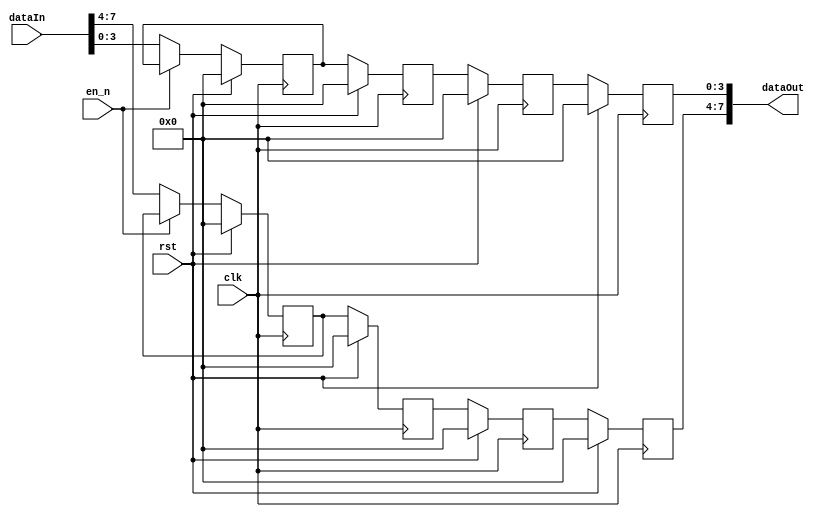
module delay_r0 #(
	parameter BIT_WIDTH = 4,
	parameter DEPTH = 2,
	parameter DELAY = 4
)(
	input clk,
	input rst,
	input en_n,
	input [BIT_WIDTH*DEPTH - 1:0] dataIn,
	output [BIT_WIDTH*DEPTH - 1:0] dataOut
);
	/**********
	 *  Array Packing Defines 
	 **********/
//These are preprocessor defines similar to C/C++ preprocessor or VHDL functions
	`define PACK_ARRAY(PK_WIDTH,PK_DEPTH,PK_SRC,PK_DEST, BLOCK_ID, GEN_VAR)    genvar GEN_VAR; generate for (GEN_VAR=0; GEN_VAR<(PK_DEPTH); GEN_VAR=GEN_VAR+1) begin: BLOCK_ID assign PK_DEST[((PK_WIDTH)*GEN_VAR+((PK_WIDTH)-1)):((PK_WIDTH)*GEN_VAR)] = PK_SRC[GEN_VAR][((PK_WIDTH)-1):0]; end endgenerate
	`define UNPACK_ARRAY(PK_WIDTH,PK_DEPTH,PK_DEST,PK_SRC, BLOCK_ID, GEN_VAR)  genvar GEN_VAR; generate for (GEN_VAR=0; GEN_VAR<(PK_DEPTH); GEN_VAR=GEN_VAR+1) begin: BLOCK_ID assign PK_DEST[GEN_VAR][((PK_WIDTH)-1):0] = PK_SRC[((PK_WIDTH)*GEN_VAR+(PK_WIDTH-1)):((PK_WIDTH)*GEN_VAR)]; end endgenerate

	/**********
	 * Internal Signals
	 **********/
//These iterators are purely use for for-loops which get unrolled in synthesis
//So we can use integers here since these do not become hardware
	integer i,j; //iterators
	
//Wire data type is used for nonregistered signals
//assign with "assign wire_signal_name = value_for_wire_signal;"
	wire [BIT_WIDTH - 1:0] tmp [DEPTH - 1:0]; //input as array
	wire [BIT_WIDTH*DEPTH - 1:0] tmpOut; //wire for output, more of this at end
	
//NOTE: in VHDL, there are for generate and if generate statements
//this is done in verilog with "generate"
//packing and unpacking array defines are examples of for-generate
//in the "generate" blocks, in addition to instantiations, one can do assignments 
//to wire (becuase nonsynchronous), which is done in the packing and unpacking defines	
	
//Register data type is used for synchronous logic
//assign with "<="
	reg [BIT_WIDTH - 1:0] pipe [DELAY-1:0][DEPTH - 1:0]; //data pipeline

	/**********
	 * Glue Logic 
	 **********/
//very often there needs to be some logic/decoding to inputs to a module 
//here we just unpacking the input vector into an array 
	`UNPACK_ARRAY(BIT_WIDTH,DEPTH,tmp,dataIn, U_BLK_0, idx_0)
	
	/**********
	 * Synchronous Logic
	 **********/
//NOTE in C/C++ "{" and "}" are used to show hierarchy, in verilog use "begin" and "end"
	 
//similar to vhdl process statements, verilog has always blocks 
//"posedge clk" is the sensitivity list
//since the reset is not in the sensitivity list, the reset is synchronous
	always @(posedge clk) begin
		
		// Synchronous Reset
//"1'b0" translates to "one bit with value binary 0"  
		if(rst == 1'b1)	begin
			//reset all the stages of the pipeline to zero
			for(j=0; j<DELAY; j=j+1) begin //For all delay layers
				for(i=0; i<DEPTH; i=i+1) begin //For all depth of input array
					pipe[j][i] <= {(BIT_WIDTH){1'b0}};
				end
			end
		end

		else begin
//all for-loops are unrolled, so should never have sequential dependences				
//since all loops are unrolled and no sequential dependences, 
//all assignments occure at the same time (i.e. clock edge)

			// Pipeline delay
			if(en_n == 1'b0) begin			
				for(i=0;i<DEPTH; i=i+1) begin //For all depth of input array
					pipe[0][i] <= tmp[i]; 
				end
			end

//only got to DELAY - 1 since the last stage of pipe is overwritten and zeroth stage assigned above
			for(i=0; i<DELAY-1; i=i+1) begin 
				for(j=0;j<DEPTH; j=j+1) begin //For all depth of input array
					pipe[i+1][j] <= pipe[i][j]; //Pipe shifts makes delay
				end
			end
		end
	end
				
	/**********
	 * Glue Logic 
	 **********/
	/**********
	 * Components
	 **********/
	/**********
	 * Output Combinatorial Logic
	 **********/
//currently pipe is a 2D array of logic vectors, so we need to make the last delay stage into a vector
	`PACK_ARRAY(BIT_WIDTH,DEPTH,pipe[(DELAY-1)],tmpOut,U_BLK_1,idx_1)
	 
//to be able to do conditional combinatorial logic, use "generate"
	//When delay is 0, this entity should be a wire
	generate
	if(DELAY > 0)
		assign dataOut = tmpOut;
		
//NOTE the below statement would be ideal rather than having another temp signal but this isnt allowed since
//pack array also uses a generate statement and they can not be nested
//'PACK_ARRAY(BIT_WIDTH,DEPTH,dataOut,pipe[DELAY-1],U_BLK_1,idx_1)

	else
		assign dataOut = dataIn;
	endgenerate
	
endmodule